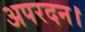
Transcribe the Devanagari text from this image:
अपरदन।